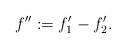
\begin{align*} f'':=f_1'-f_2'. \end{align*}